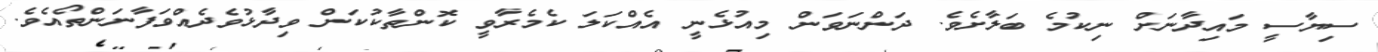
ސިޔާސީ މައިދާނަށް ނިކުމެ ބަލާށެވެ. ދަންނަވަން މިއުޅެނީ އެއްކަލަ ކެމެރާވީ ކޮންތާކުކަން ވިދާޅުވެދެއްވަފާނަންތޯއެވެ.